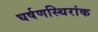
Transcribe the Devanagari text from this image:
घर्षणस्थिरांक